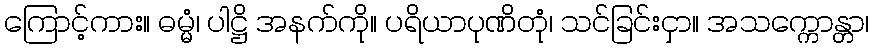
ကြောင့်ကား။ ဓမ္မံ၊ ပါဋ္ဌိ အနက်ကို။ ပရိယာပုဏိတုံ၊ သင်ခြင်းငှာ။ အသက္ကောန္တာ၊